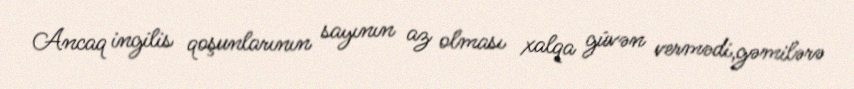
Ancaq ingilis qoşunlarının sayının az olması xalqa güvən vermədi,gəmilərə